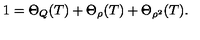
1 = \Theta _ { Q } ( T ) + \Theta _ { \rho } ( T ) + \Theta _ { \rho ^ { 2 } } ( T ) .